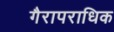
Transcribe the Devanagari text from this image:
गैरापराधिक